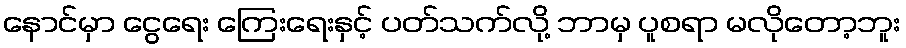
နောင်မှာ ငွေရေး ကြေးရေးနှင့် ပတ်သက်လို့ ဘာမှ ပူစရာ မလိုတော့ဘူး